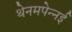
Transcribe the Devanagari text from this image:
थेनमपेन्नई